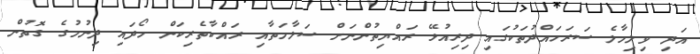
އަދި ވިލިމާލެ ސަރަހައްދުތަކުގައި ދިރިއުޅޭ ރައްޔިތުންނަށް ސަލާމަތާއި ރައްކާތެރިކަން ހޯދައި ދިނުމުގެ ގޮތުން